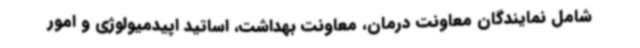
شامل نمایندگان معاونت درمان، معاونت بهداشت، اساتید اپیدمیولوژی و امور